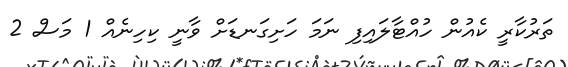
ތަރުކާރީ ކެއުން ހުއްޓާލައިފި ނަމަ ހަށިގަނޑަށް ވާނީ ކިހިނެއް 1 މަސް 2